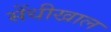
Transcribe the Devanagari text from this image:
सेंधीखाल